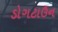
ડોગટાઉન